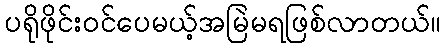
ပရိုဖိုင်းဝင်ပေမယ့်အမြဲမရဖြစ်လာတယ်။